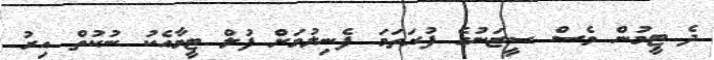
ދެ ޓީމުން ވެސް ސީޒަނުގެ ފުރަތަމަ ފެނިލުމަށް ފުލް ޓީމާއެކު ނުކުތް އިރު